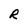
Character: R